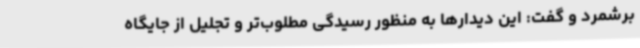
برشمرد و گفت: این دیدارها به منظور رسیدگی مطلوب‌تر و تجلیل از جایگاه